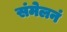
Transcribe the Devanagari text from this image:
संमेलनं